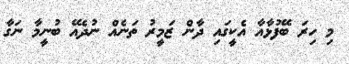
މި ހިރަ ބޭފުޅާއާ އެކީގައި ދާން ޒަމީރު ތަނެއް ނުދެއޭ ބުނީމާ ނަގާ